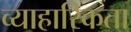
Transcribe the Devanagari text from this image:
व्याहारिकता